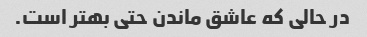
در حالی که عاشق ماندن حتی بهتر است.